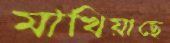
মাখিয়াছে